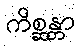
ကိစ္ဆန္တာ